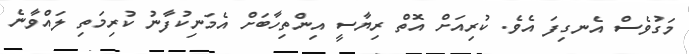
މަގުވެސް އެނގިފަ އެވެ. ކުރިއަށް އޮތް ރިޔާސީ އިންތިހާބަށް އެމަނިކުފާނު ކުރިމަތި ލައްވާނެ